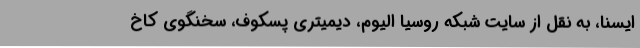
ایسنا، به نقل از سایت شبکه روسیا الیوم، دیمیتری پسکوف، سخنگوی کاخ